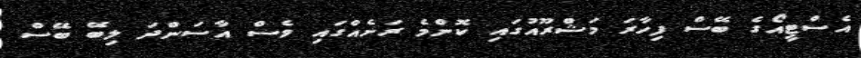
އެސްޓީއޯގެ ބޭސް ފިހާރަ މަޝްރޫއުގައި ކޮންމެ ރަށެއްގައި ވެސް އާސަންދަ ލިބޭ ބޭސް